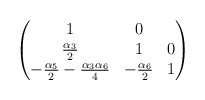
\begin{align*}\begin{pmatrix}1&0&\\\frac{\alpha_{3}}{2}&1&0\\-\frac{\alpha_{5}}{2} - \frac{\alpha_{3} \alpha_{6}}{4}&- \frac{\alpha_{6}}{2}&1\end{pmatrix}\end{align*}